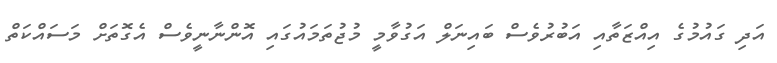
އަދި ގައުމުގެ އިއްޒަތާއި އަބުރުވެސް ބައިނަލް އަގުވާމީ މުޖުތަމައުގައި އޮންނާނީވެސް އެގޮތަށް މަސައްކަތް